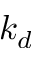
k _ { d }